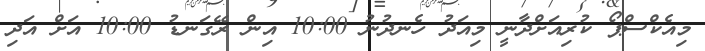
މިއެކްސްޕޯ ކުރިއަށްދާނީ މިއަދު ހެނދުނު 10:00 އިން ރޭގަނޑު 10:00 އަށް އަދި